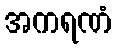
အကရဏံ